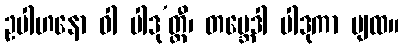
ဥပါဟနော ဝါ ပါဒု’တ္ထီ၊ တဗ္ဘေဒါ ပါဒုကာ ပျထ။